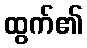
ထွက်၏